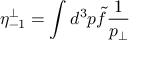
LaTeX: \eta _ { - 1 } ^ { \perp } = \int d ^ { 3 } p \tilde { f } { \frac { 1 } { p _ { \perp } } }